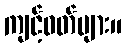
ကျင့်ဝတ်များ။